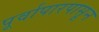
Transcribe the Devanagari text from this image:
पूर्वापारपासून